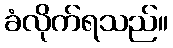
ခံလိုက်ရသည်။